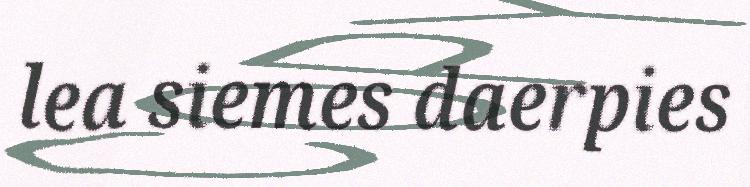
lea siemes daerpies